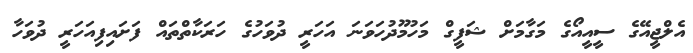
އެލްޖީއޭގެ ސީއީއޯގެ މަގާމަށް ޝަފީގް މަހުމޫދުހަވަނަ އަހަރީ ދުވަހުގެ ހަރަކާތްތައް ފަށައިފިއަހަރީ ދުވަހާ